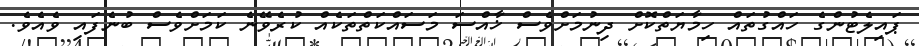
ޕައިލެޓުންގެ ހައްގުތައް ހިމާޔަތްކޮށް ދިނުމަށްވެސް ޚާއްސަ މަސައްކަތްތަކެއް ކުރެވޭނެ ކަމަށްވެސް ބުނެފައި ވެއެވެ.